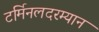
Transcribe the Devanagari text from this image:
टर्मिनलदरम्यान